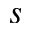
s